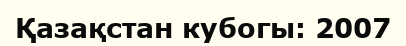
Қазақстан кубогы: 2007